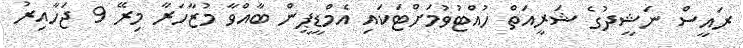
ރައީސް ނަޝީދުގެ ޝަރީއަތް ހުއްޓުވުމަށްޓަކައި އެމްޑީޕީން ބާއްވާ މުޒާހަރާ މިރޭ 9 ޖަހާއިރު